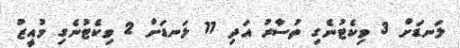
ލަނޑަށް 3 ވިކެޓުނެގި ތުސާރު އަދި 11 ލަނޑަށް 2 ވިކެޓުނެގި މުއީޒު